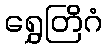
ရွှေတြိဂံ